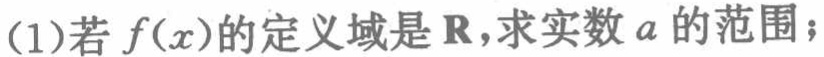
(1)若\(f(x)\)的定义域是\(\mathbf{R}\)，求实数\(a\)的范围；